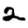
Digit: 2